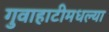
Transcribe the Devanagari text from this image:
गुवाहाटीमधल्या